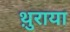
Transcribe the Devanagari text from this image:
थ़ुराया